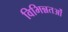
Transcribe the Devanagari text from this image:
विभिन्नतओं